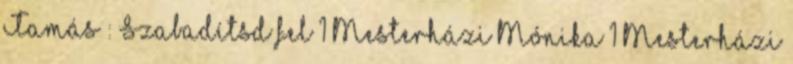
Tamás : Szabadítsd fel 1 Mesterházi Mónika 1 Mesterházi